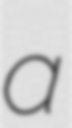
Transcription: a